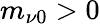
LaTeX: m_{\nu 0}>0